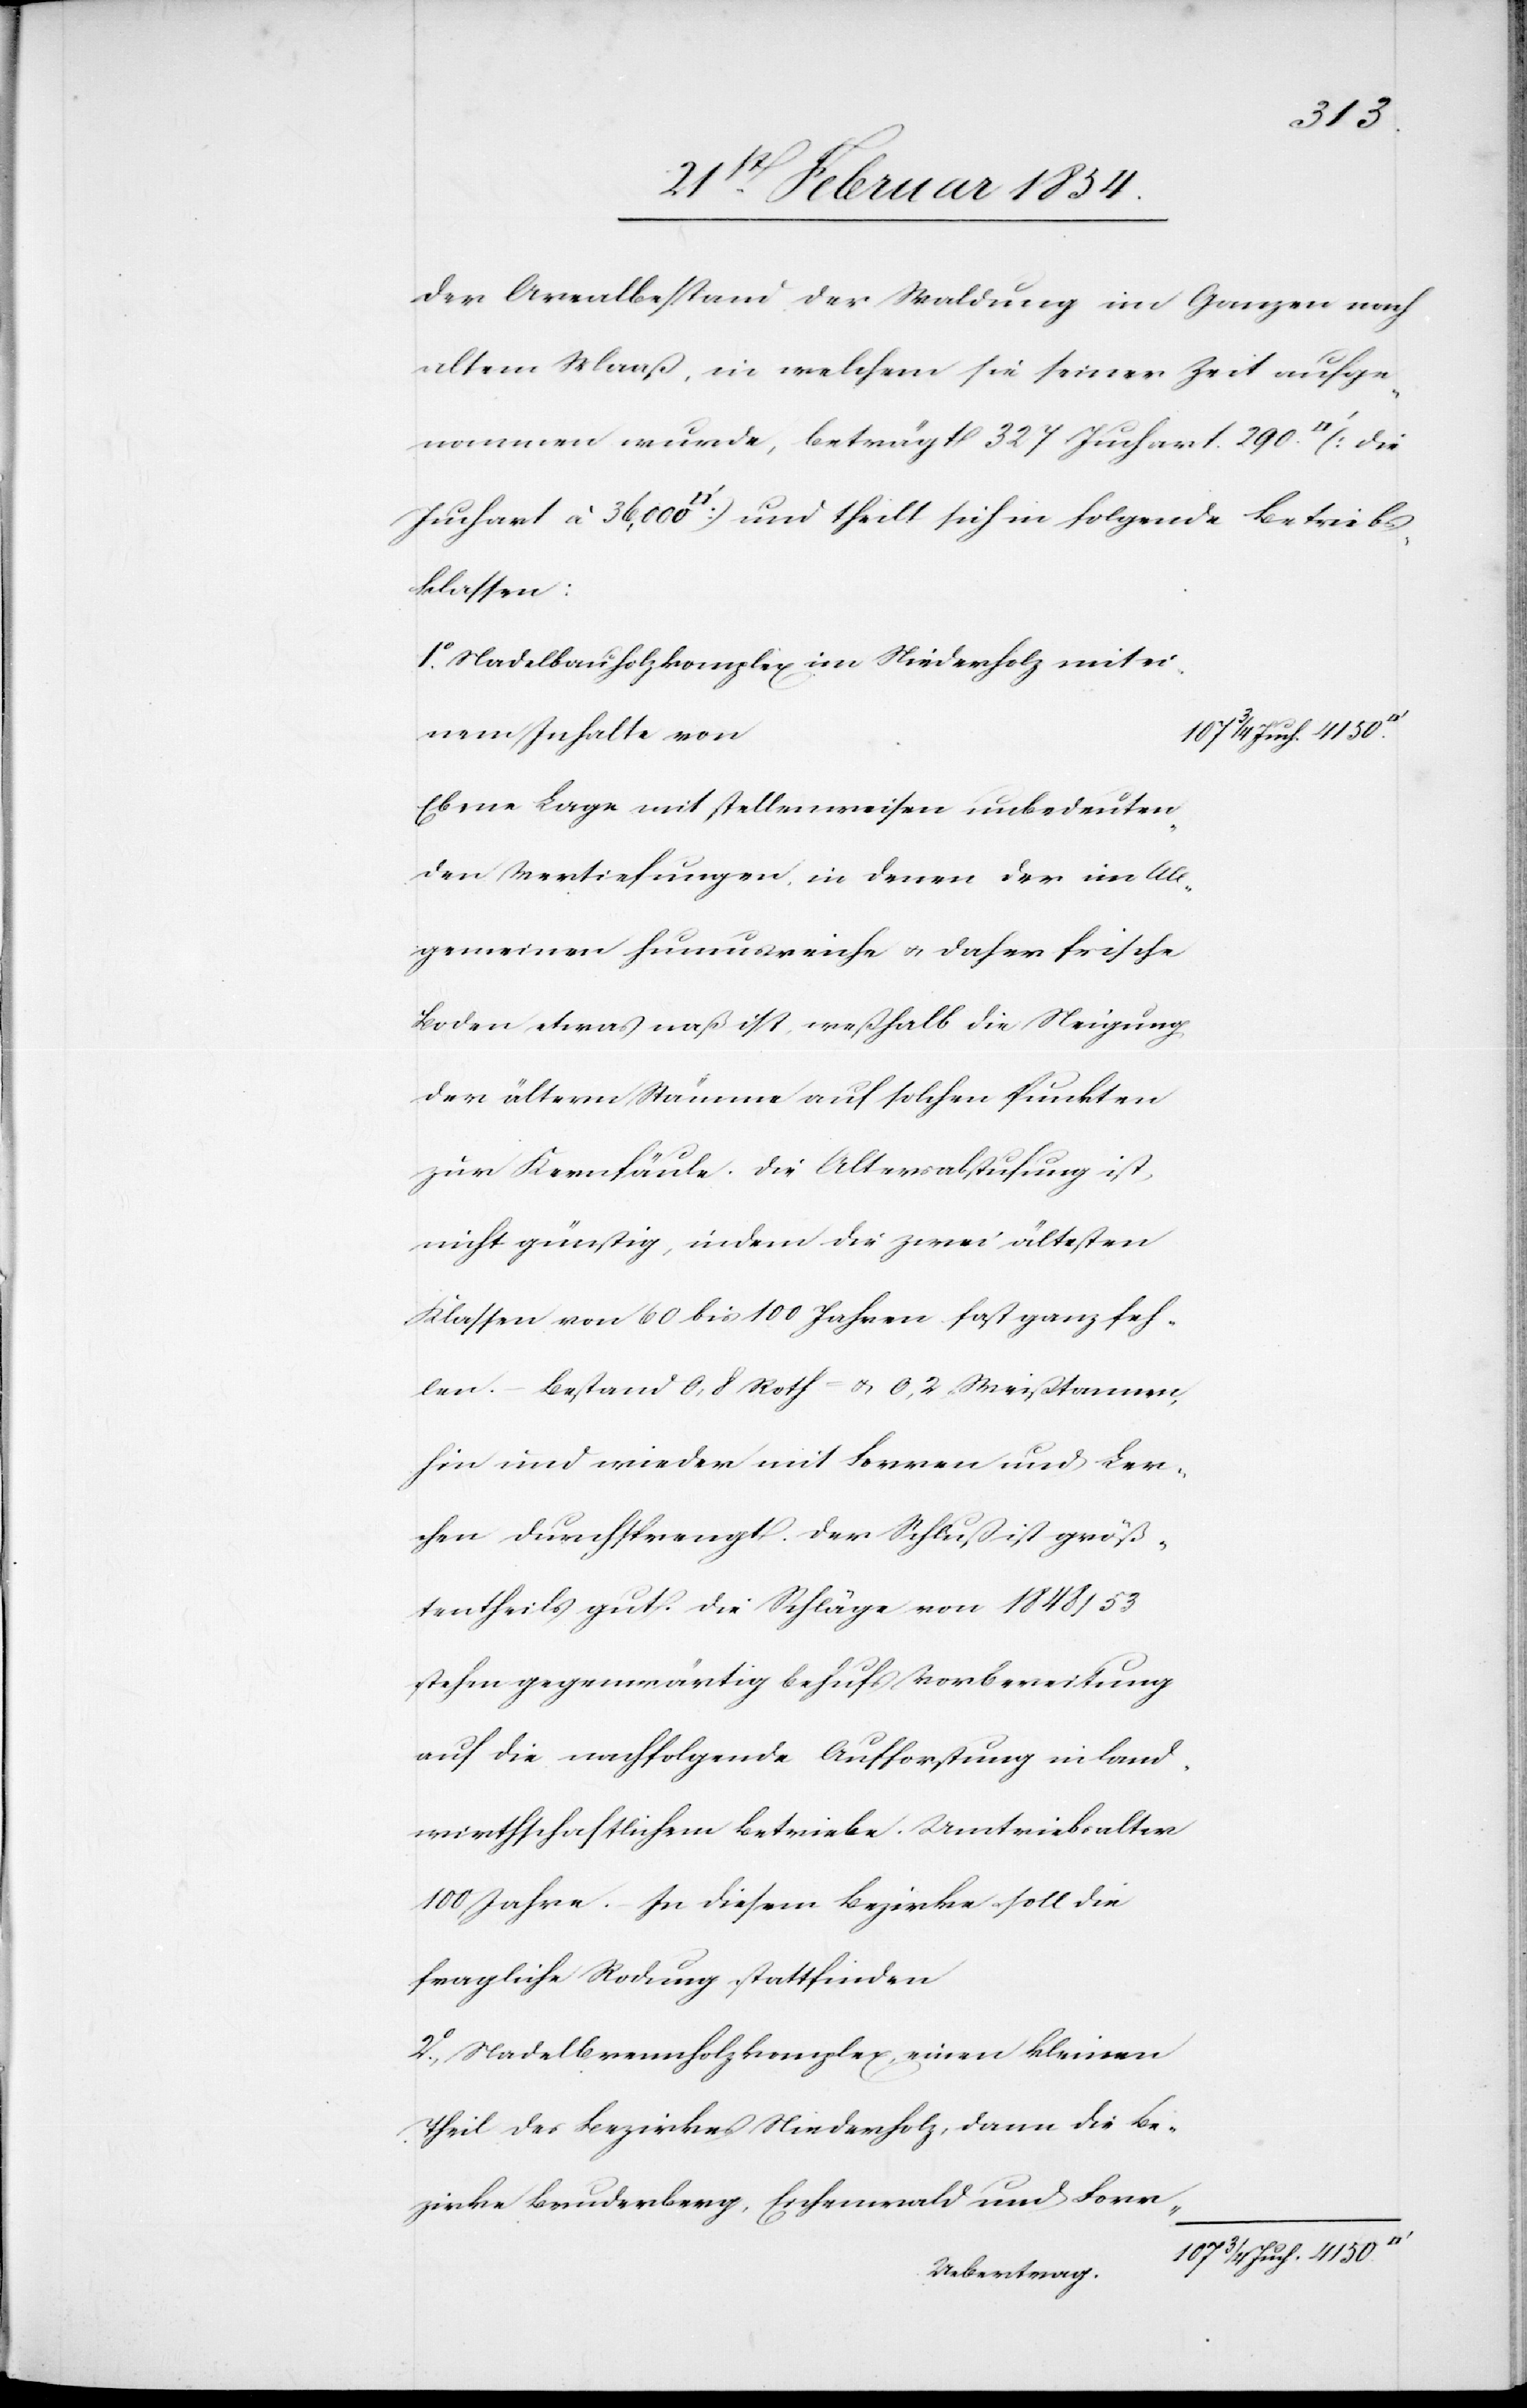
Betrieb¬
Der Arealbestand der Waldung im Ganzen nach
altem Maaß, in welchem sie seiner Zeit aufge¬
nommen wurde, beträgt 327 Juchart. 290.
sklassen:
1o Nadelbauholzkomplex im Niederholz mit ei¬
nem Inhalte von
107 ¾ Juch. 4150.
Ebene Lage mit stellenweisen unbedeuten¬
den Vertiefungen, in denen der im All¬
gemeinen humusreiche u. daher frische
Boden etwas naß ist, weßhalb die Neigung
der ältern Stämme auf solchen Punkten
zur Kernfäule. Die Altersabstufung ist
nicht günstig, indem die zwei ältesten
Klassen von 60 bis 100 Jahren fast ganz feh¬
len. – Bestand 0,8 Roth- u. 0,2 Weißtannen,
hin und wieder mit Forren und Ler¬
chen durchsprengt. Der Schluß ist größ¬
tentheils gut. Die Schläge von 1848/53
stehen gegenwärtig behufs Vorbereitung
auf die nachfolgende Aufforstung in land¬
wirthschaftlichem betriebe. Umtriebsalter
100 Jahre. In diesem Bezirke soll die
fragliche Rodung stattfinden
2o Nadelbrennholzkomplex, einen kleinen
Theil des Bezirkes Niederholz, dann die Be¬
zirke Bruderberg, Eschenwald und Sonn-